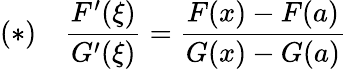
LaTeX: (*)\quad{\frac{F^{\prime}(\xi)}{G^{\prime}(\xi)}}={\frac{F(x)-F(a)}{G(x)-G(a)}}